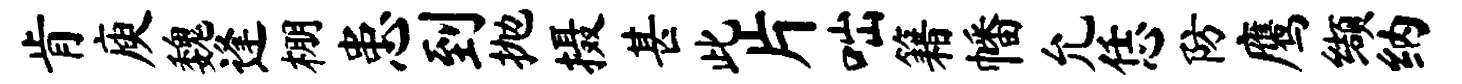
肯庾魏逢棚患到抛摄甚此片咄籍幡允恁防鹰缬纳